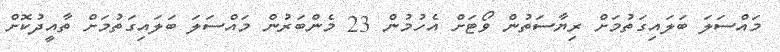
މައްސަލަ ބަލައިގަތުމަށް ރިޔާސަތުން ވޯޓަށް އެހުމުން 23 މެންބަރުން މައްސަލަ ބަލައިގަތުމަށް ތާއީދުކޮށް